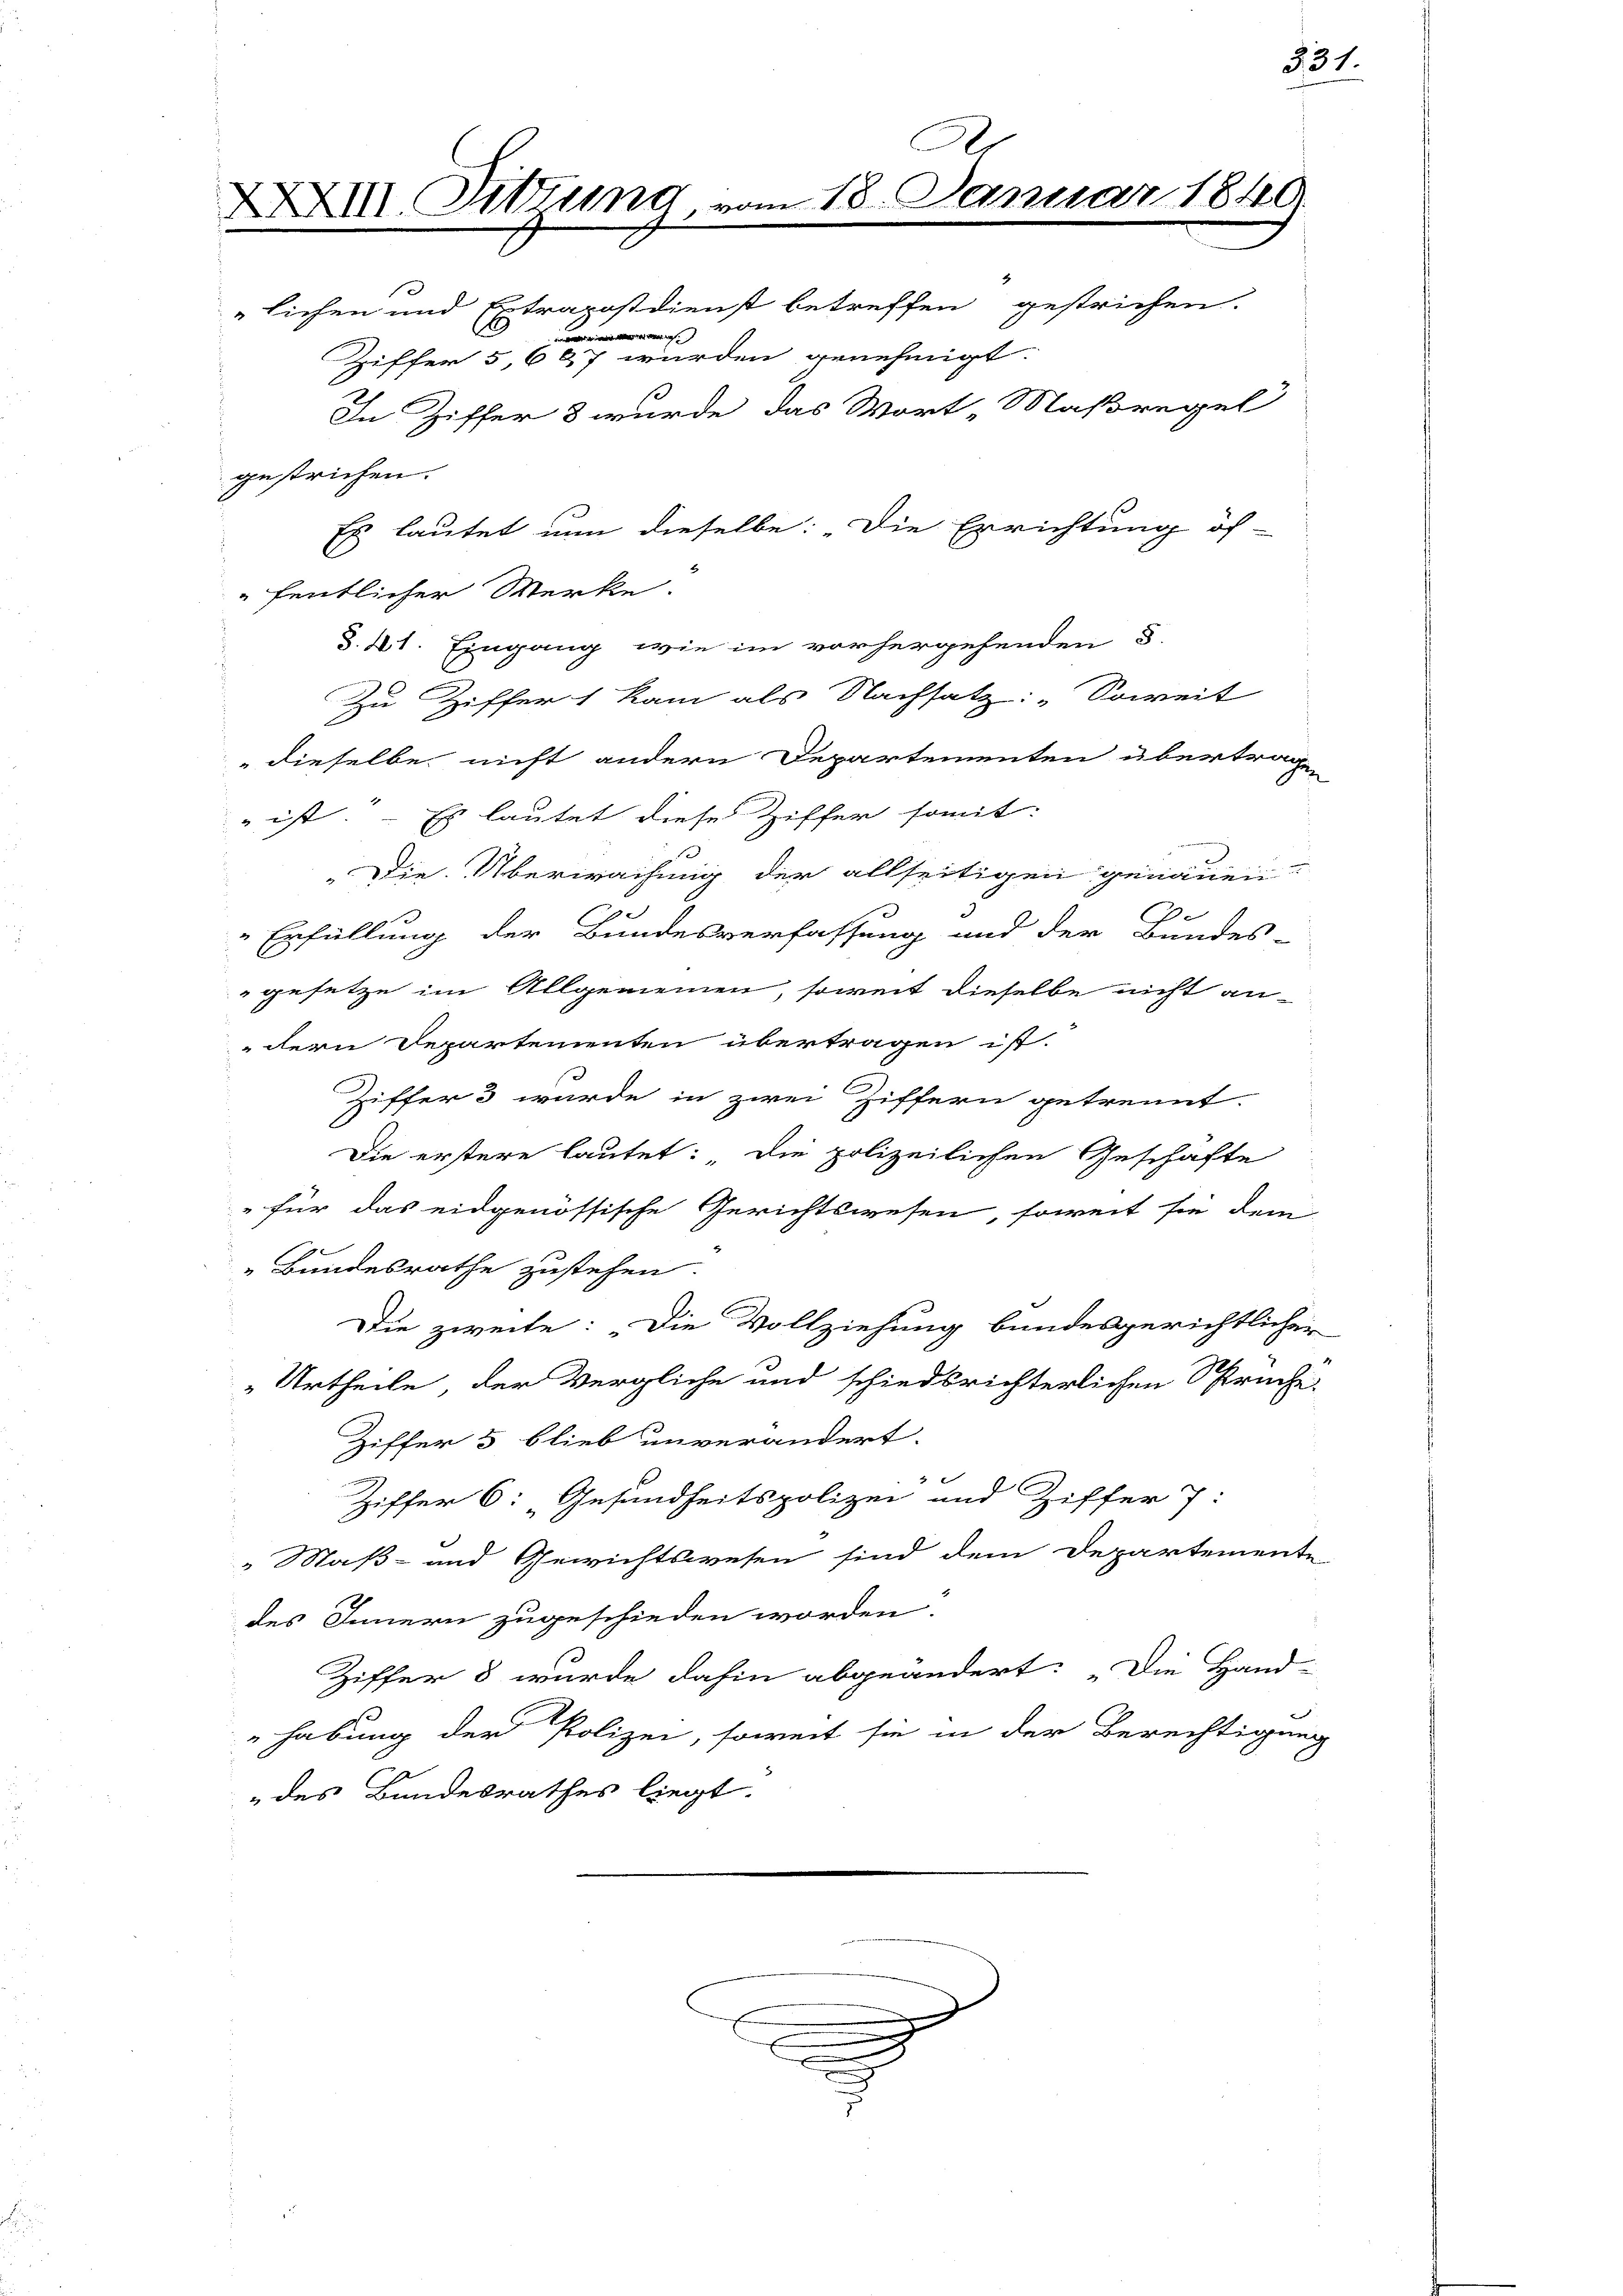
XXXVIII. Sitzung, vom 18. Januar 1840.
In Ziffer 8 wurde das Wort „Maßregel
gestrichen.
Es lautet nun dieselbe: „Die Errichtung öf-
fentlicher Werke.

dieselbe nicht andern Departementen übertragen
 ist. – Es lautet diese Ziffer somit:
 "Die Überwachung der allseitigen genauen
u
Erfüllung der Bundesverfassung und der Bundes-
gesetze im Allgemeinen, soweit dieselbe nicht an-
dern Departementen übertragen ist.
Ziffer 3 wurde in zwei Ziffern getrennt.
Die erstere lautet: „Die polizeilichen Geschäfte
" für das eidgenössische Gerichtswesen, soweit sie dem
9
"Bundesrathe zustehen.
Die zweite: Die Vollziehung bundesgerichtlicher
Urtheile, der Vergliche und schiedsrichterlichen Spruche
Ziffer 3 blieb unverändert.
Ziffer 6: „Gesundheitspolizei und Ziffer 7:
„Maß- und Gewichtswesen sind dem Departemente
des Innern zugeschieden worden.
Ziffer 8 wurde dahin abgeändert: „Die Hand-
habung der Polizei, soweit sie in der Berechtigung
des Bundesrathes liegt.

10

d. 4t. Eingang, wie im vorhergehenden 5
Zu Ziffer 1 kam als Nachsatz: „Soweit

lichen und Extrapostdienst betreffen gestrichen.

Ziffer § 667 wurden genehmigt.

n

331.

n